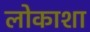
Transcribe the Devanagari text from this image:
लोकाशा